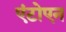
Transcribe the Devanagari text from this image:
एंटोएन